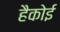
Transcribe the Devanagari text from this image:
हैकोई